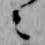
々